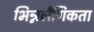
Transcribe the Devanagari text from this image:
भिन्नलैंगिकता